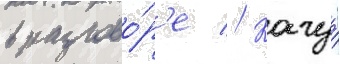
в разгово́р'е // Кагуа